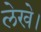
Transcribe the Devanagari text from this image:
लेखे।